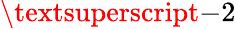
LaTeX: \textsuperscript{-2}